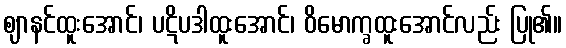
ဈာနင်ထူးအောင်၊ ပဋိပဒါထူးအောင်၊ ဝိမောက္ခထူးအောင်လည်း ပြု၏။